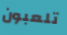
تلعبون